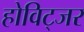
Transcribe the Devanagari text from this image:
होविट्जर